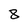
Character: 8